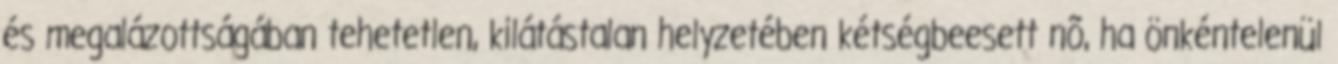
és megalázottságában tehetetlen, kilátástalan helyzetében kétségbeesett nõ, ha önkéntelenül